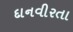
દાનવીરતા